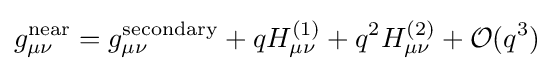
g_{\mu \nu }^{\rm {near}}=g_{\mu \nu }^{\rm {secondary}}+qH_{\mu \nu }^{(1)}+q^{2}H_{\mu \nu }^{(2)}+{\mathcal {O}}(q^{3})